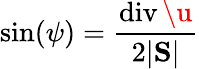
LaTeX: \sin(\psi)=\frac{\mathrm{div}\, \u}{2|\mathrm{\mathbf S}|}